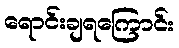
ရောင်းချရကြောင်း